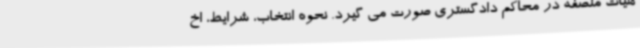
هیات منصفه در محاکم دادگستری صورت می گیرد. نحوه انتخاب، شرایط، اخ